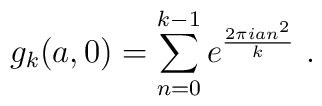
g_k(a,0)=\sum_{n=0}^{k-1} e^{\frac{2\pi i a n^2}{k}}~.